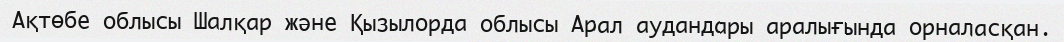
Ақтөбе облысы Шалқар және Қызылорда облысы Арал аудандары аралығында орналасқан.